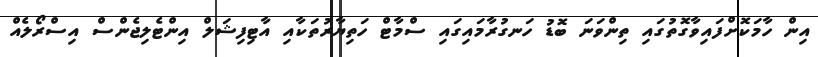
އިން ހާމަކޮށްފައިވާގޮތުގައި ތިންވަނަ ބޮޑު ހަނގުރާމައިގައި ސްމާޓް ހަތިޔާރުތަކާއި އާޓިފިޝަލް އިންޓެލިޖެންސް އިސްރޯލެއް